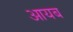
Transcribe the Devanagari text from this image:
आयब